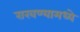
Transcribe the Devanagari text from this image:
राखण्यामध्ये